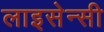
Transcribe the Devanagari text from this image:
लाइसेन्सी